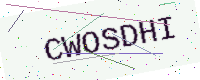
Text: CWOSDHI